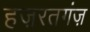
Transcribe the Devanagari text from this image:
हज़रतगंज़